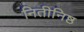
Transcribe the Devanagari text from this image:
नितीनिष्ठ